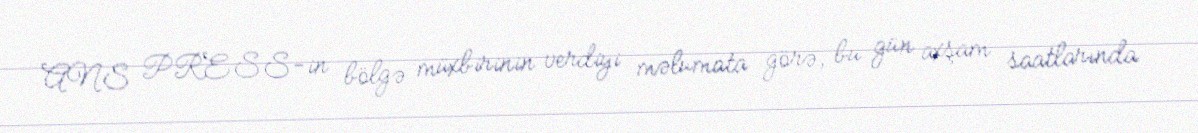
ANS PRESS-in bölgə müxbirinin verdiyi məlumata görə, bu gün axşam saatlarında